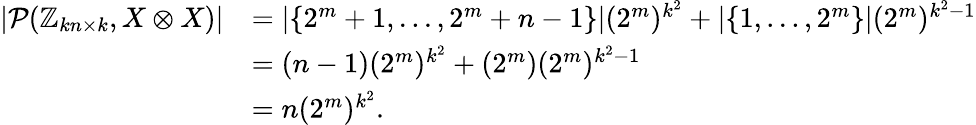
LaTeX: \begin{array}{rl}{\left|\mathcal{P}(\mathbb{Z}_{kn\times k},X\otimes X)\right|}&{=|\{ 2^{m}+1,...,2^{m}+n-1\} |(2^{m})^{k^{2}}+|\{ 1,...,2^{m}\} |(2^{m})^{k^{2}-1}}\\ &{=(n-1)(2^{m})^{k^{2}}+(2^{m})(2^{m})^{k^{2}-1}}\\ &{=n(2^{m})^{k^{2}}.}\end{array}